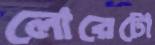
লোরেটো